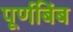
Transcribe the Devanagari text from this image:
पूर्णबिंब